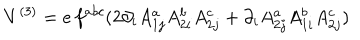
V ^ { ( 3 ) } = e \, f ^ { a b c } ( 2 \partial _ { i } A _ { 1 j } ^ { a } A _ { 2 i } ^ { b } A _ { 2 j } ^ { c } + \partial _ { i } A _ { 2 j } ^ { a } A _ { 1 i } ^ { b } A _ { 2 j } ^ { c } )